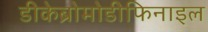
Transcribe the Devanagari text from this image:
डीकेब्रोमोडीफिनाइल